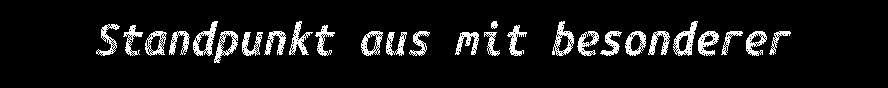
Standpunkt aus mit besonderer